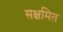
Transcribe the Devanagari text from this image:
सक्षमित